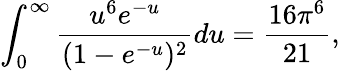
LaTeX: \int_{0}^{\infty}\frac{u^{6}e^{-u}}{(1-e^{-u})^{2}}du=\frac{16\pi^{6}}{21},